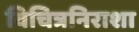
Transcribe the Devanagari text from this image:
विचित्रनिराशा